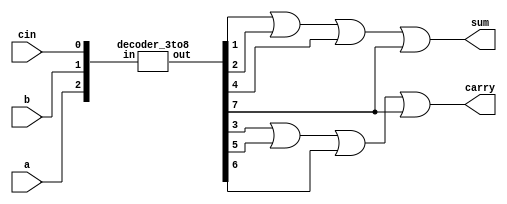
module full_add(input a,b,cin,output sum,carry);
  
  wire [2:0]in1;
  wire [7:0]out1;
   
  assign in1={a,b,cin};
  
    decoder_3to8 u1(in1,out1);
  
  assign sum=out1[1]|out1[2]|out1[4]|out1[7];
  assign carry=out1[3]|out1[5]|out1[6]|out1[7];
  
endmodule

module decoder_3to8(in,out);
  input [2:0]in;
  output reg [7:0]out;
  
  always @*
    begin
      case(in)
        3'b000 : out = 8'b00000001;
        3'b001 : out = 8'b00000010;
        3'b010 : out = 8'b00000100;
        3'b011 : out = 8'b00001000;
        3'b100 : out = 8'b00010000;
        3'b101 : out = 8'b00100000;
        3'b110 : out = 8'b01000000;
        3'b111 : out = 8'b10000000;
      endcase
    end
endmodule